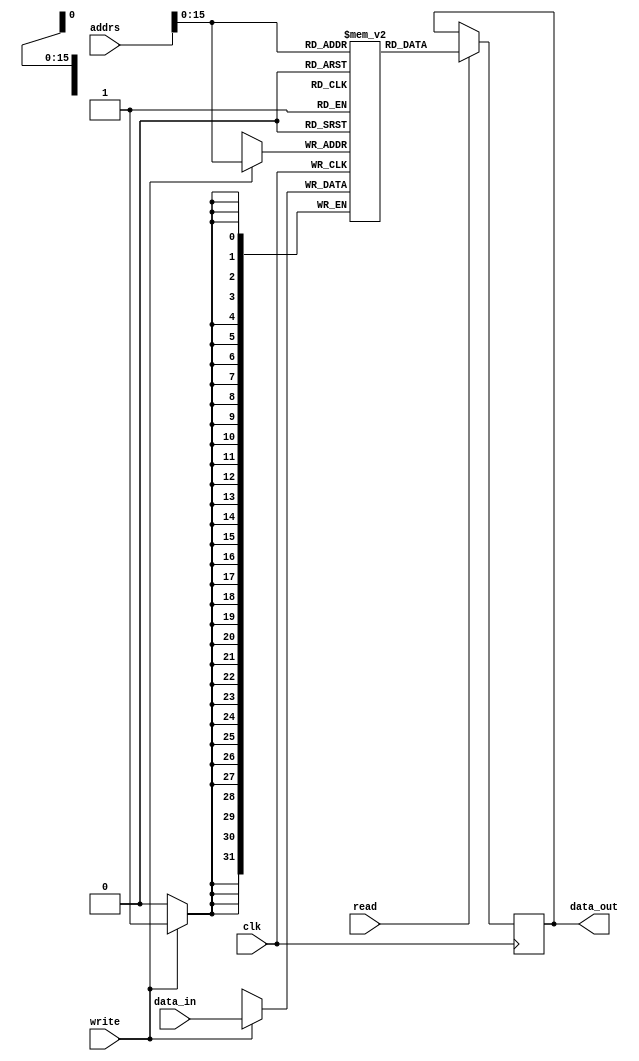
module dataMemory (clk, read, write, addrs, data_in, data_out);
    input clk, read, write;
    input [31:0] addrs;
    input [31:0] data_in;
    output reg [31:0] data_out;
    reg [31:0] memory [65535:0];
    always@ (negedge clk) begin
        if (read == 1) begin
            data_out = memory [addrs];
        end
        if (write == 1) begin //else if prevents reading and writing at same time
            memory [addrs] = data_in;
        end
    end
endmodule